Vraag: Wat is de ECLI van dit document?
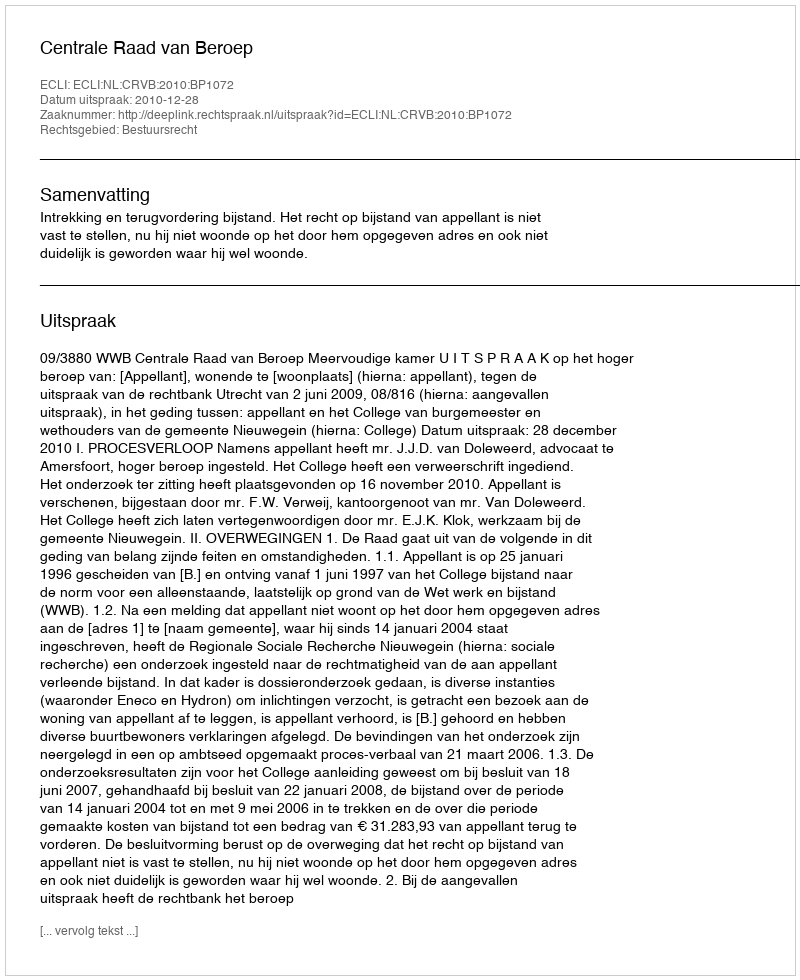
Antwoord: ECLI:NL:CRVB:2010:BP1072